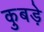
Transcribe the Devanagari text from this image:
कुबड़े